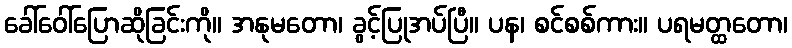
ခေါ်ဝေါ်ပြောဆိုခြင်းကို။ အနုမတော၊ ခွင့်ပြုအပ်ပြီ။ ပန၊ စင်စစ်ကား။ ပရမတ္ထတော၊